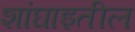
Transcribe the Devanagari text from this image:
शांघाइतील